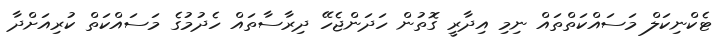
ޓެކްނިކަލް މަސައްކަތްތައް ނިމި އިދާރީ ގޮތުން ހަދަންޖެހޭ ދިރާސާތައް ހެދުމުގެ މަަސައްކަތް ކުރިއަށްދާ